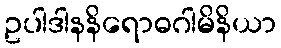
ဥပါဒါနနိရောဓဂါမိနိယာ